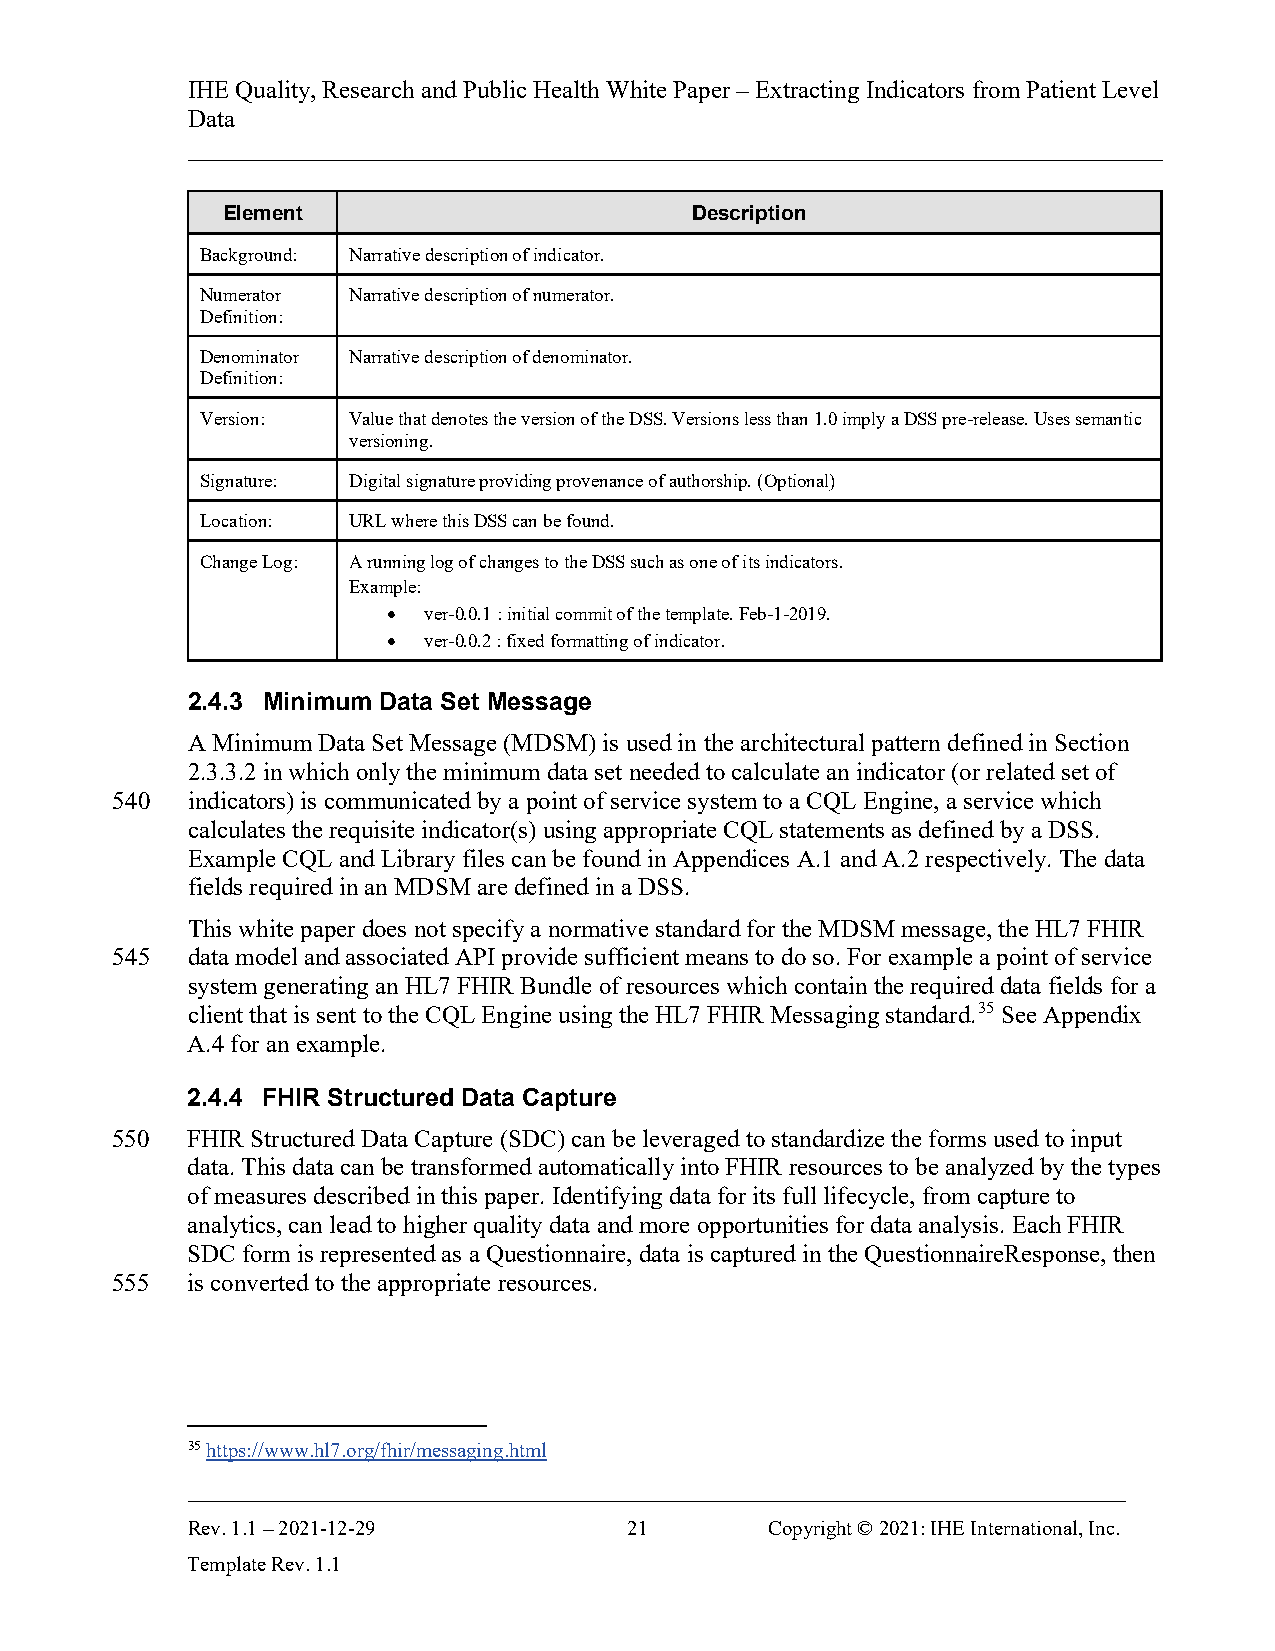
IHE Quality, Research and Public Health White Paper – Extracting Indicators from Patient Level
 Data
 ______________________________________________________________________________
 Element                        Description
 Background: Narrative description of indicator.
 Numerator Narrative description of numerator.
 Definition:
 Denominator Narrative description of denominator.
 Definition:
 Version:  Value that denotes the version of the DSS. Versions less than 1.0 imply a DSS pre-release. Uses semantic
 versioning.
 Signature: Digital signature providing provenance of authorship. (Optional)
 Location: URL where this DSS can be found.
 Change Log: A running log of changes to the DSS such as one of its indicators.
 Example:
 • ver-0.0.1 : initial commit of the template. Feb-1-2019.
 • ver-0.0.2 : fixed formatting of indicator.
 2.4.3 Minimum Data Set Message
 A Minimum Data Set Message (MDSM) is used in the architectural pattern defined in Section
 2.3.3.2 in which only the minimum data set needed to calculate an indicator (or related set of
 540  indicators) is communicated by a point of service system to a CQL Engine, a service which
 calculates the requisite indicator(s) using appropriate CQL statements as defined by a DSS.
 Example CQL and Library files can be found in Appendices A.1 and A.2 respectively. The data
 fields required in an MDSM are defined in a DSS.
 This white paper does not specify a normative standard for the MDSM message, the HL7 FHIR
 545  data model and associated API provide sufficient means to do so. For example a point of service
 system generating an HL7 FHIR Bundle of resources which contain the required data fields for a
 client that is sent to the CQL Engine using the HL7 FHIR Messaging standard.35 See Appendix
 A.4 for an example.
 2.4.4 FHIR Structured Data Capture
 550  FHIR Structured Data Capture (SDC) can be leveraged to standardize the forms used to input
 data. This data can be transformed automatically into FHIR resources to be analyzed by the types
 of measures described in this paper. Identifying data for its full lifecycle, from capture to
 analytics, can lead to higher quality data and more opportunities for data analysis. Each FHIR
 SDC form is represented as a Questionnaire, data is captured in the QuestionnaireResponse, then
 555  is converted to the appropriate resources.
 35 https://www.hl7.org/fhir/messaging.html
 ___________________________________________________________________________
 Rev. 1.1 – 2021-12-29         21       Copyright © 2021: IHE International, Inc.
 Template Rev. 1.1